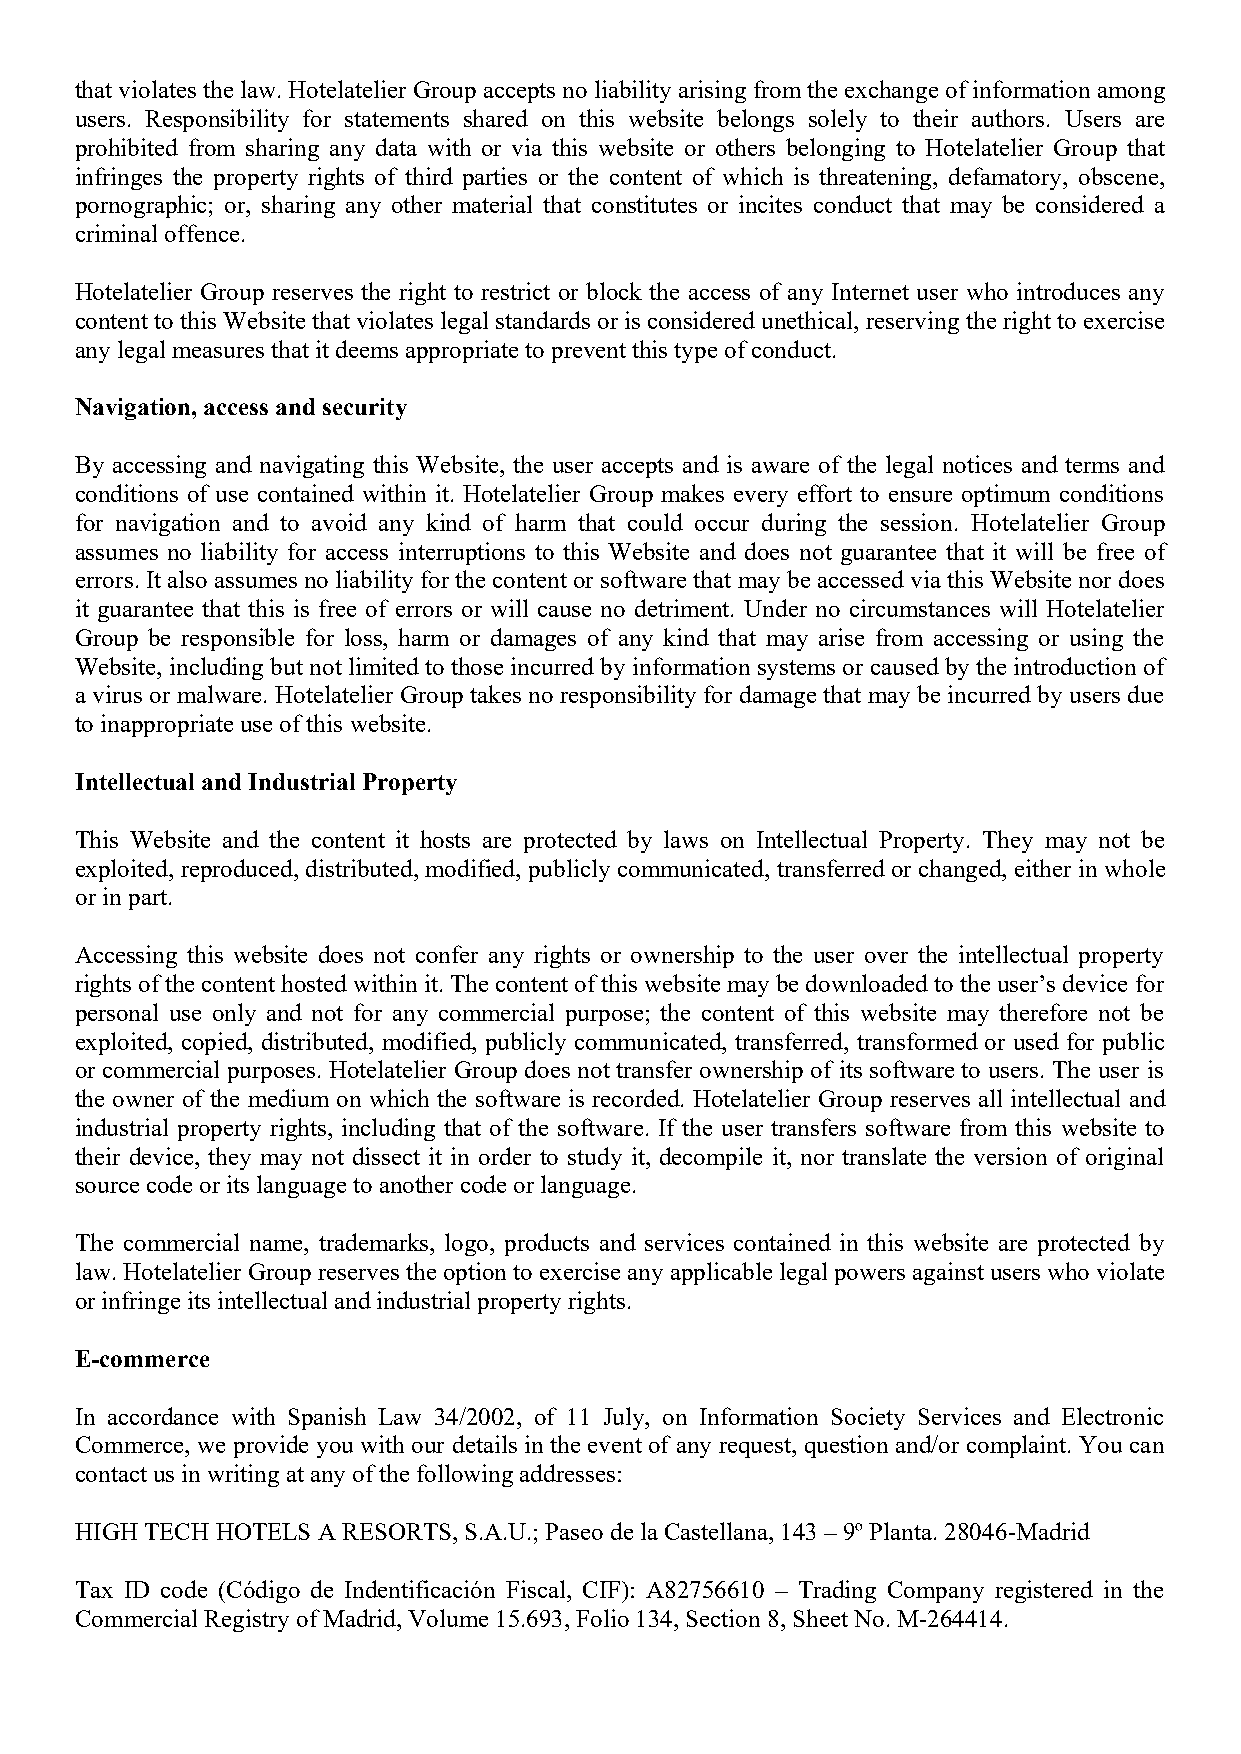
that violates the law. Hotelatelier Group accepts no liability arising from the exchange of information among
 users. Responsibility for statements shared on this website belongs solely to their authors. Users are
 prohibited from sharing any data with or via this website or others belonging to Hotelatelier Group that
 infringes the property rights of third parties or the content of which is threatening, defamatory, obscene,
 pornographic; or, sharing any other material that constitutes or incites conduct that may be considered a
 criminal offence.
 Hotelatelier Group reserves the right to restrict or block the access of any Internet user who introduces any
 content to this Website that violates legal standards or is considered unethical, reserving the right to exercise
 any legal measures that it deems appropriate to prevent this type of conduct.
 Navigation, access and security
 By accessing and navigating this Website, the user accepts and is aware of the legal notices and terms and
 conditions of use contained within it. Hotelatelier Group makes every effort to ensure optimum conditions
 for navigation and to avoid any kind of harm that could occur during the session. Hotelatelier Group
 assumes no liability for access interruptions to this Website and does not guarantee that it will be free of
 errors. It also assumes no liability for the content or software that may be accessed via this Website nor does
 it guarantee that this is free of errors or will cause no detriment. Under no circumstances will Hotelatelier
 Group be responsible for loss, harm or damages of any kind that may arise from accessing or using the
 Website, including but not limited to those incurred by information systems or caused by the introduction of
 a virus or malware. Hotelatelier Group takes no responsibility for damage that may be incurred by users due
 to inappropriate use of this website.
 Intellectual and Industrial Property
 This Website and the content it hosts are protected by laws on Intellectual Property. They may not be
 exploited, reproduced, distributed, modified, publicly communicated, transferred or changed, either in whole
 or in part.
 Accessing this website does not confer any rights or ownership to the user over the intellectual property
 rights of the content hosted within it. The content of this website may be downloaded to the user’s device for
 personal use only and not for any commercial purpose; the content of this website may therefore not be
 exploited, copied, distributed, modified, publicly communicated, transferred, transformed or used for public
 or commercial purposes. Hotelatelier Group does not transfer ownership of its software to users. The user is
 the owner of the medium on which the software is recorded. Hotelatelier Group reserves all intellectual and
 industrial property rights, including that of the software. If the user transfers software from this website to
 their device, they may not dissect it in order to study it, decompile it, nor translate the version of original
 source code or its language to another code or language.
 The commercial name, trademarks, logo, products and services contained in this website are protected by
 law. Hotelatelier Group reserves the option to exercise any applicable legal powers against users who violate
 or infringe its intellectual and industrial property rights.
 E-commerce
 In accordance with Spanish Law 34/2002, of 11 July, on Information Society Services and Electronic
 Commerce, we provide you with our details in the event of any request, question and/or complaint. You can
 contact us in writing at any of the following addresses:
 HIGH TECH HOTELS A RESORTS, S.A.U.; Paseo de la Castellana, 143 – 9º Planta. 28046-Madrid
 Tax ID code (Código de Indentificación Fiscal, CIF): A82756610 – Trading Company registered in the
 Commercial Registry of Madrid, Volume 15.693, Folio 134, Section 8, Sheet No. M-264414.